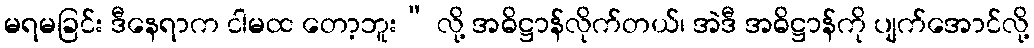
မရမခြင်း ဒီနေရာက ငါမထ တော့ဘူး” လို့ အဓိဋ္ဌာန်လိုက်တယ်၊ အဲဒီ အဓိဋ္ဌာန်ကို ပျက်အောင်လို့